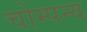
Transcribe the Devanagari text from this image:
चोम्पन्य